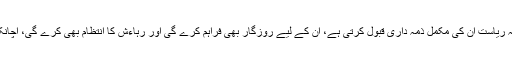
عوام جو اس بات کے عادی ہوچکے تھے کہ ریاست ان کی مکمل ذمہ داری قبول کرتی ہے، ان کے لیے روزگار بھی فراہم کرے گی اور رہاءش کا انتظام بھی کرے گی، اچانک منڈی کی معیشت میں دھکیل دیے گءے۔